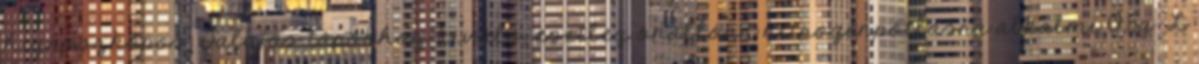
higroszkópos. Talajos tápokhoz kiváló, esetleg önállóan nitrogénpótlásra alkalmi 0,5g L